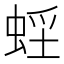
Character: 𧋭